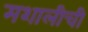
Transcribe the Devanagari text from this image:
मशालीची